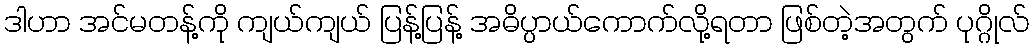
ဒါဟာ အင်မတန့်ကို ကျယ်ကျယ် ပြန့်ပြန့် အဓိပ္ပာယ်ကောက်လို့ရတာ ဖြစ်တဲ့အတွက် ပုဂ္ဂိုလ်